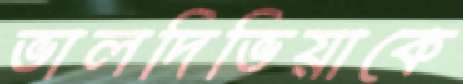
ভালদিভিয়াকে